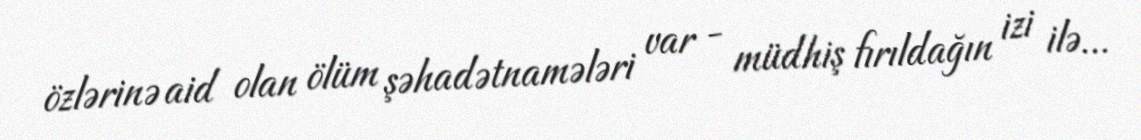
özlərinə aid olan ölüm şəhadətnamələri var - müdhiş fırıldağın izi ilə...